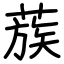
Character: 蔟